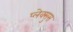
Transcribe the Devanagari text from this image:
प्लेक्सुस